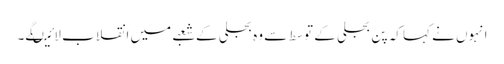
انہوں نے کہا کہ پن بجلی کے توسط سے وہ بجلی کے شعبے میں انقلاب لائیںگے۔